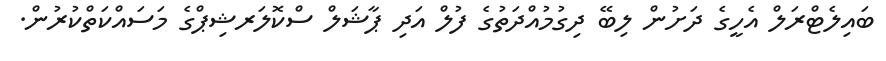
ބައިލެޓްރަލް އެހީގެ ދަށުން ލިބޭ ދިގުމުއްދަތުގެ ފުލް އަދި ޕާޝަލް ސްކޮލަރޝިޕްގެ މަސައްކަތްކުރުން.